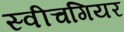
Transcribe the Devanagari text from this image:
स्वीचगियर